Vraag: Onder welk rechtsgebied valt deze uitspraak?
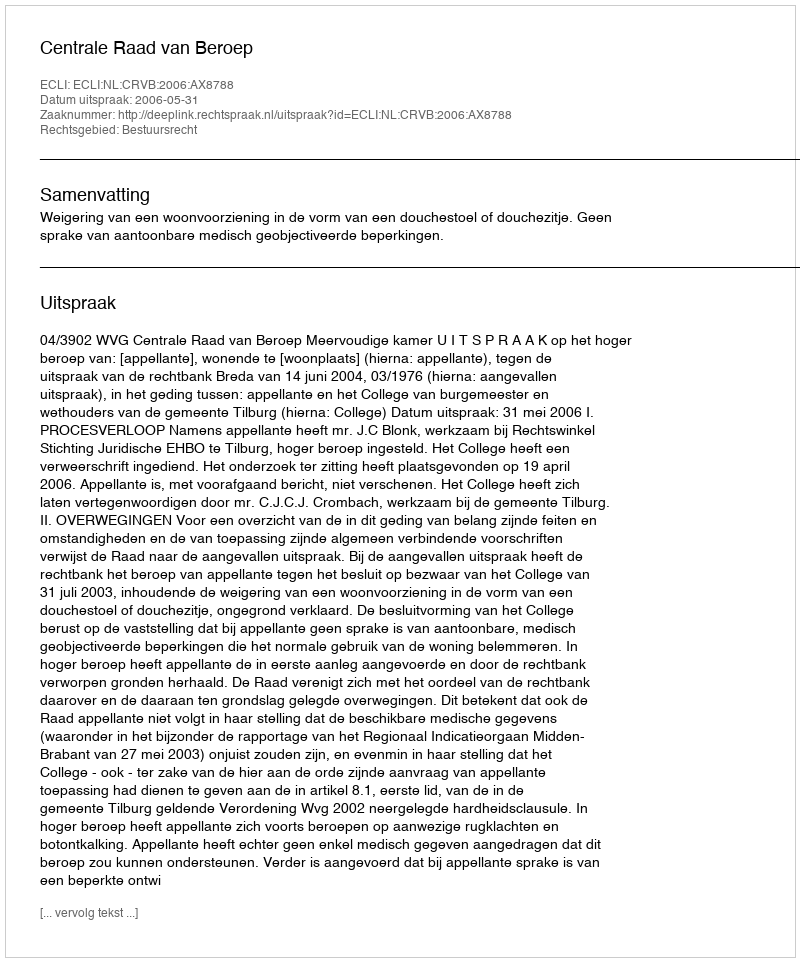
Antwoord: Bestuursrecht